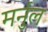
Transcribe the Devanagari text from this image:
मर्नुल